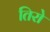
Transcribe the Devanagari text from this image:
तिरो